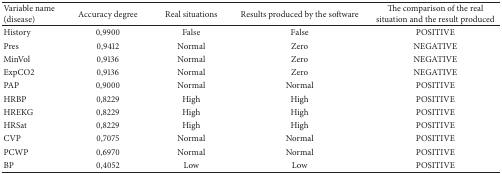
<table><thead><tr><td><b>Variable name (disease)</b></td><td><b>Accuracy degree</b></td><td><b>Real situations</b></td><td><b>Results produced by the software</b></td><td><b>The comparison of the real situation and the result produced</b></td></tr></thead><tbody><tr><td>History</td><td>0,9900</td><td>False</td><td>False</td><td>POSITIVE</td></tr><tr><td>Pres</td><td>0,9412</td><td>Normal</td><td>Zero</td><td>NEGATIVE</td></tr><tr><td>MinVol</td><td>0,9136</td><td>Normal</td><td>Zero</td><td>NEGATIVE</td></tr><tr><td>ExpCO2</td><td>0,9136</td><td>Normal</td><td>Zero</td><td>NEGATIVE</td></tr><tr><td>PAP</td><td>0,9000</td><td>Normal</td><td>Normal</td><td>POSITIVE</td></tr><tr><td>HRBP</td><td>0,8229</td><td>High</td><td>High</td><td>POSITIVE</td></tr><tr><td>HREKG</td><td>0,8229</td><td>High</td><td>High</td><td>POSITIVE</td></tr><tr><td>HRSat</td><td>0,8229</td><td>High</td><td>High</td><td>POSITIVE</td></tr><tr><td>CVP</td><td>0,7075</td><td>Normal</td><td>Normal</td><td>POSITIVE</td></tr><tr><td>PCWP</td><td>0,6970</td><td>Normal</td><td>Normal</td><td>POSITIVE</td></tr><tr><td>BP</td><td>0,4052</td><td>Low</td><td>Low</td><td>POSITIVE</td></tr></tbody></table>